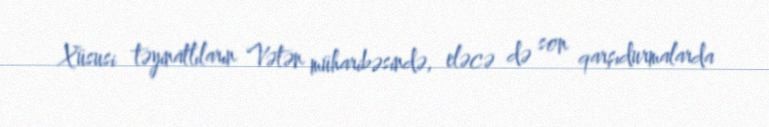
Xüsusi təyinatlıların Vətən müharibəsində, eləcə də son qarşıdurmalarda